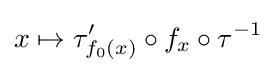
x\mapsto \tau '_{f_{0}(x)}\circ f_{x}\circ \tau ^{-1}